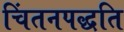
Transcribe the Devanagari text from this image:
चिंतनपद्धति